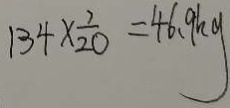
1 3 4 \times \frac { 7 } { 2 0 } = 4 6 . 9 k g